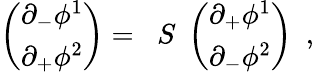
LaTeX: \left(\begin{array}{l}{{\partial_{-}\phi^{1}}}\\ {{\partial_{+}\phi^{2}}}\end{array}\right)=\; \; S\; \left(\begin{array}{l}{{\partial_{+}\phi^{1}}}\\ {{\partial_{-}\phi^{2}}}\end{array}\right)\ \ ,